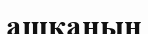
ашқанын